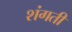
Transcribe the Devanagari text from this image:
शंगती